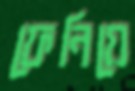
ফেনিয়ে